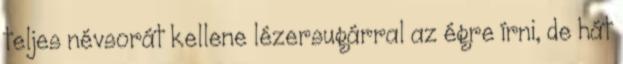
teljes névsorát kellene lézersugárral az égre írni, de hát